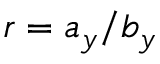
r = a _ { y } / b _ { y }